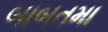
બાબતમા